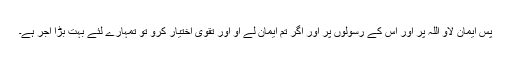
پس ایمان لاؤ اللہ پر اور اس کے رسولوں پر اور اگر تم ایمان لے آؤ اور تقویٰ اختیار کرو تو تمہارے لئے بہت بڑا اجر ہے۔